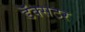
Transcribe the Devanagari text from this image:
डॅक्सटर